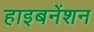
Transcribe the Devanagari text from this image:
हाइबनेंशन